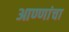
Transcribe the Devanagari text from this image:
आण्णांचा